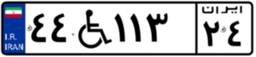
۴۴W۱۱۳۲۴